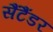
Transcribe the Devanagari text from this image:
सैंटैंडर